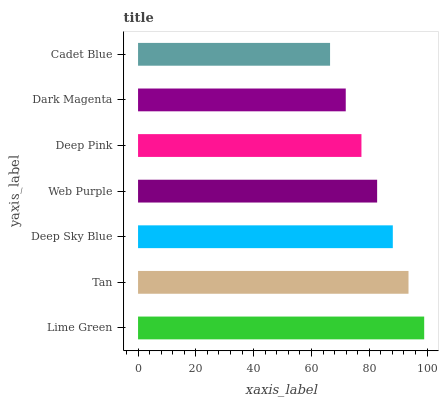
| yaxis_label | bars |
 | --- | --- |
 | Lime Green | 99 |
 | Tan | 93.6 |
 | Deep Sky Blue | 88.1 |
 | Web Purple | 82.7 |
 | Deep Pink | 77.3 |
 | Dark Magenta | 71.9 |
 | Cadet Blue | 66.4 |